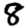
Digit: 8